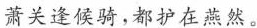
萧关逢候骑，都护在燕然。